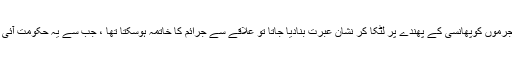
انہوں نے کہا کہ اگر چند مجرموں کوپھانسی کے پھندے پر لٹکا کر نشان عبرت بنادیا جاتا تو علاقے سے جرائم کا خاتمہ ہوسکتا تھا ، جب سے یہ حکومت آئی ہے نظام لاوارث ہوگیاہے ۔